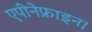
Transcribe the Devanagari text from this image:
एपीनेफ्राइन।